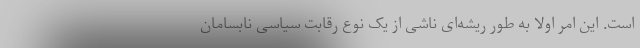
است. این امر اولا به طور ریشه‌ای ناشی از یک نوع رقابت سیاسی نابسامان